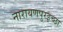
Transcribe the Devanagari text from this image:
नारायणपुरइच्छा